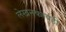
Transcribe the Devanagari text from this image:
लेखनकार्यही